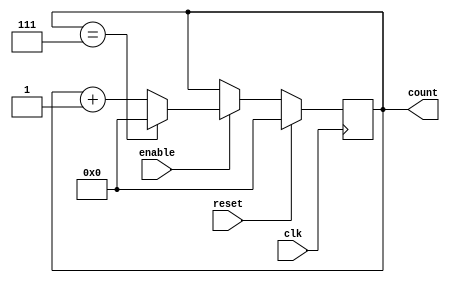
module Modulo_N_Up_Counter(
    input wire clk,
    input wire reset,
    input wire enable,
    output reg [N-1:0] count
);

parameter N = 8; // specify the modulo-N value

always @(posedge clk) begin
    if(reset) begin
        count <= 0;
    end
    else if(enable) begin
        if(count == N-1) begin
            count <= 0;
        end
        else begin
            count <= count + 1;
        end
    end
end

endmodule